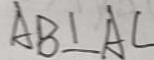
A B \bot A C